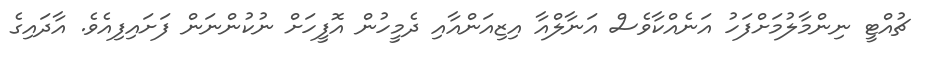
ޗުއްޓީ ނިންމާލުމަށްފަހު އަނެއްކާވެސް އަނާލްއާ އިޒިއަންއާއި ދެމީހުން އޮފީހަށް ނުކުންނަން ފަށައިފިއެވެ. އާދައިގެ